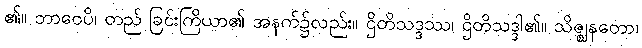
၏။ ဘာဝေပိ၊ တည် ခြင်းကြိယာ၏ အနက်၌လည်း။ ဌိတိသဒ္ဒဿ၊ ဌိတိသဒ္ဒါ၏။ သိဇ္ဈနတော၊